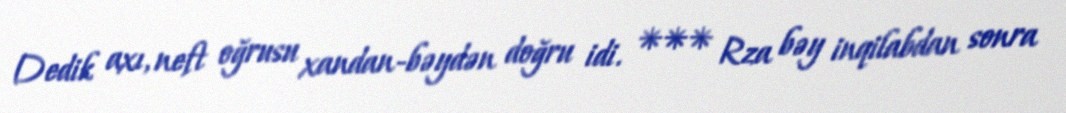
Dedik axı, neft oğrusu xandan-bəydən doğru idi. *** Rza bəy inqilabdan sonra